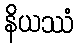
နိယဿံ